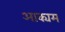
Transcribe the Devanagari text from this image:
आक्यम